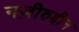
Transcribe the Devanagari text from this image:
नज़ीरुद्दीन